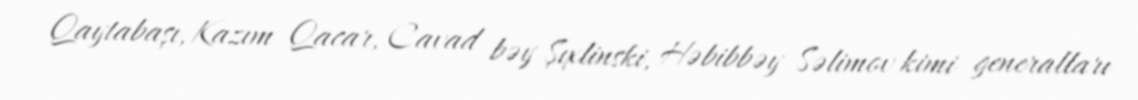
Qaytabaşı, Kazım Qacar, Cavad bəy Şıxlinski, Həbibbəy Səlimov kimi generalları